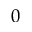
0